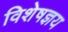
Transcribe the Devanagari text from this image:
विशेषज्ञय